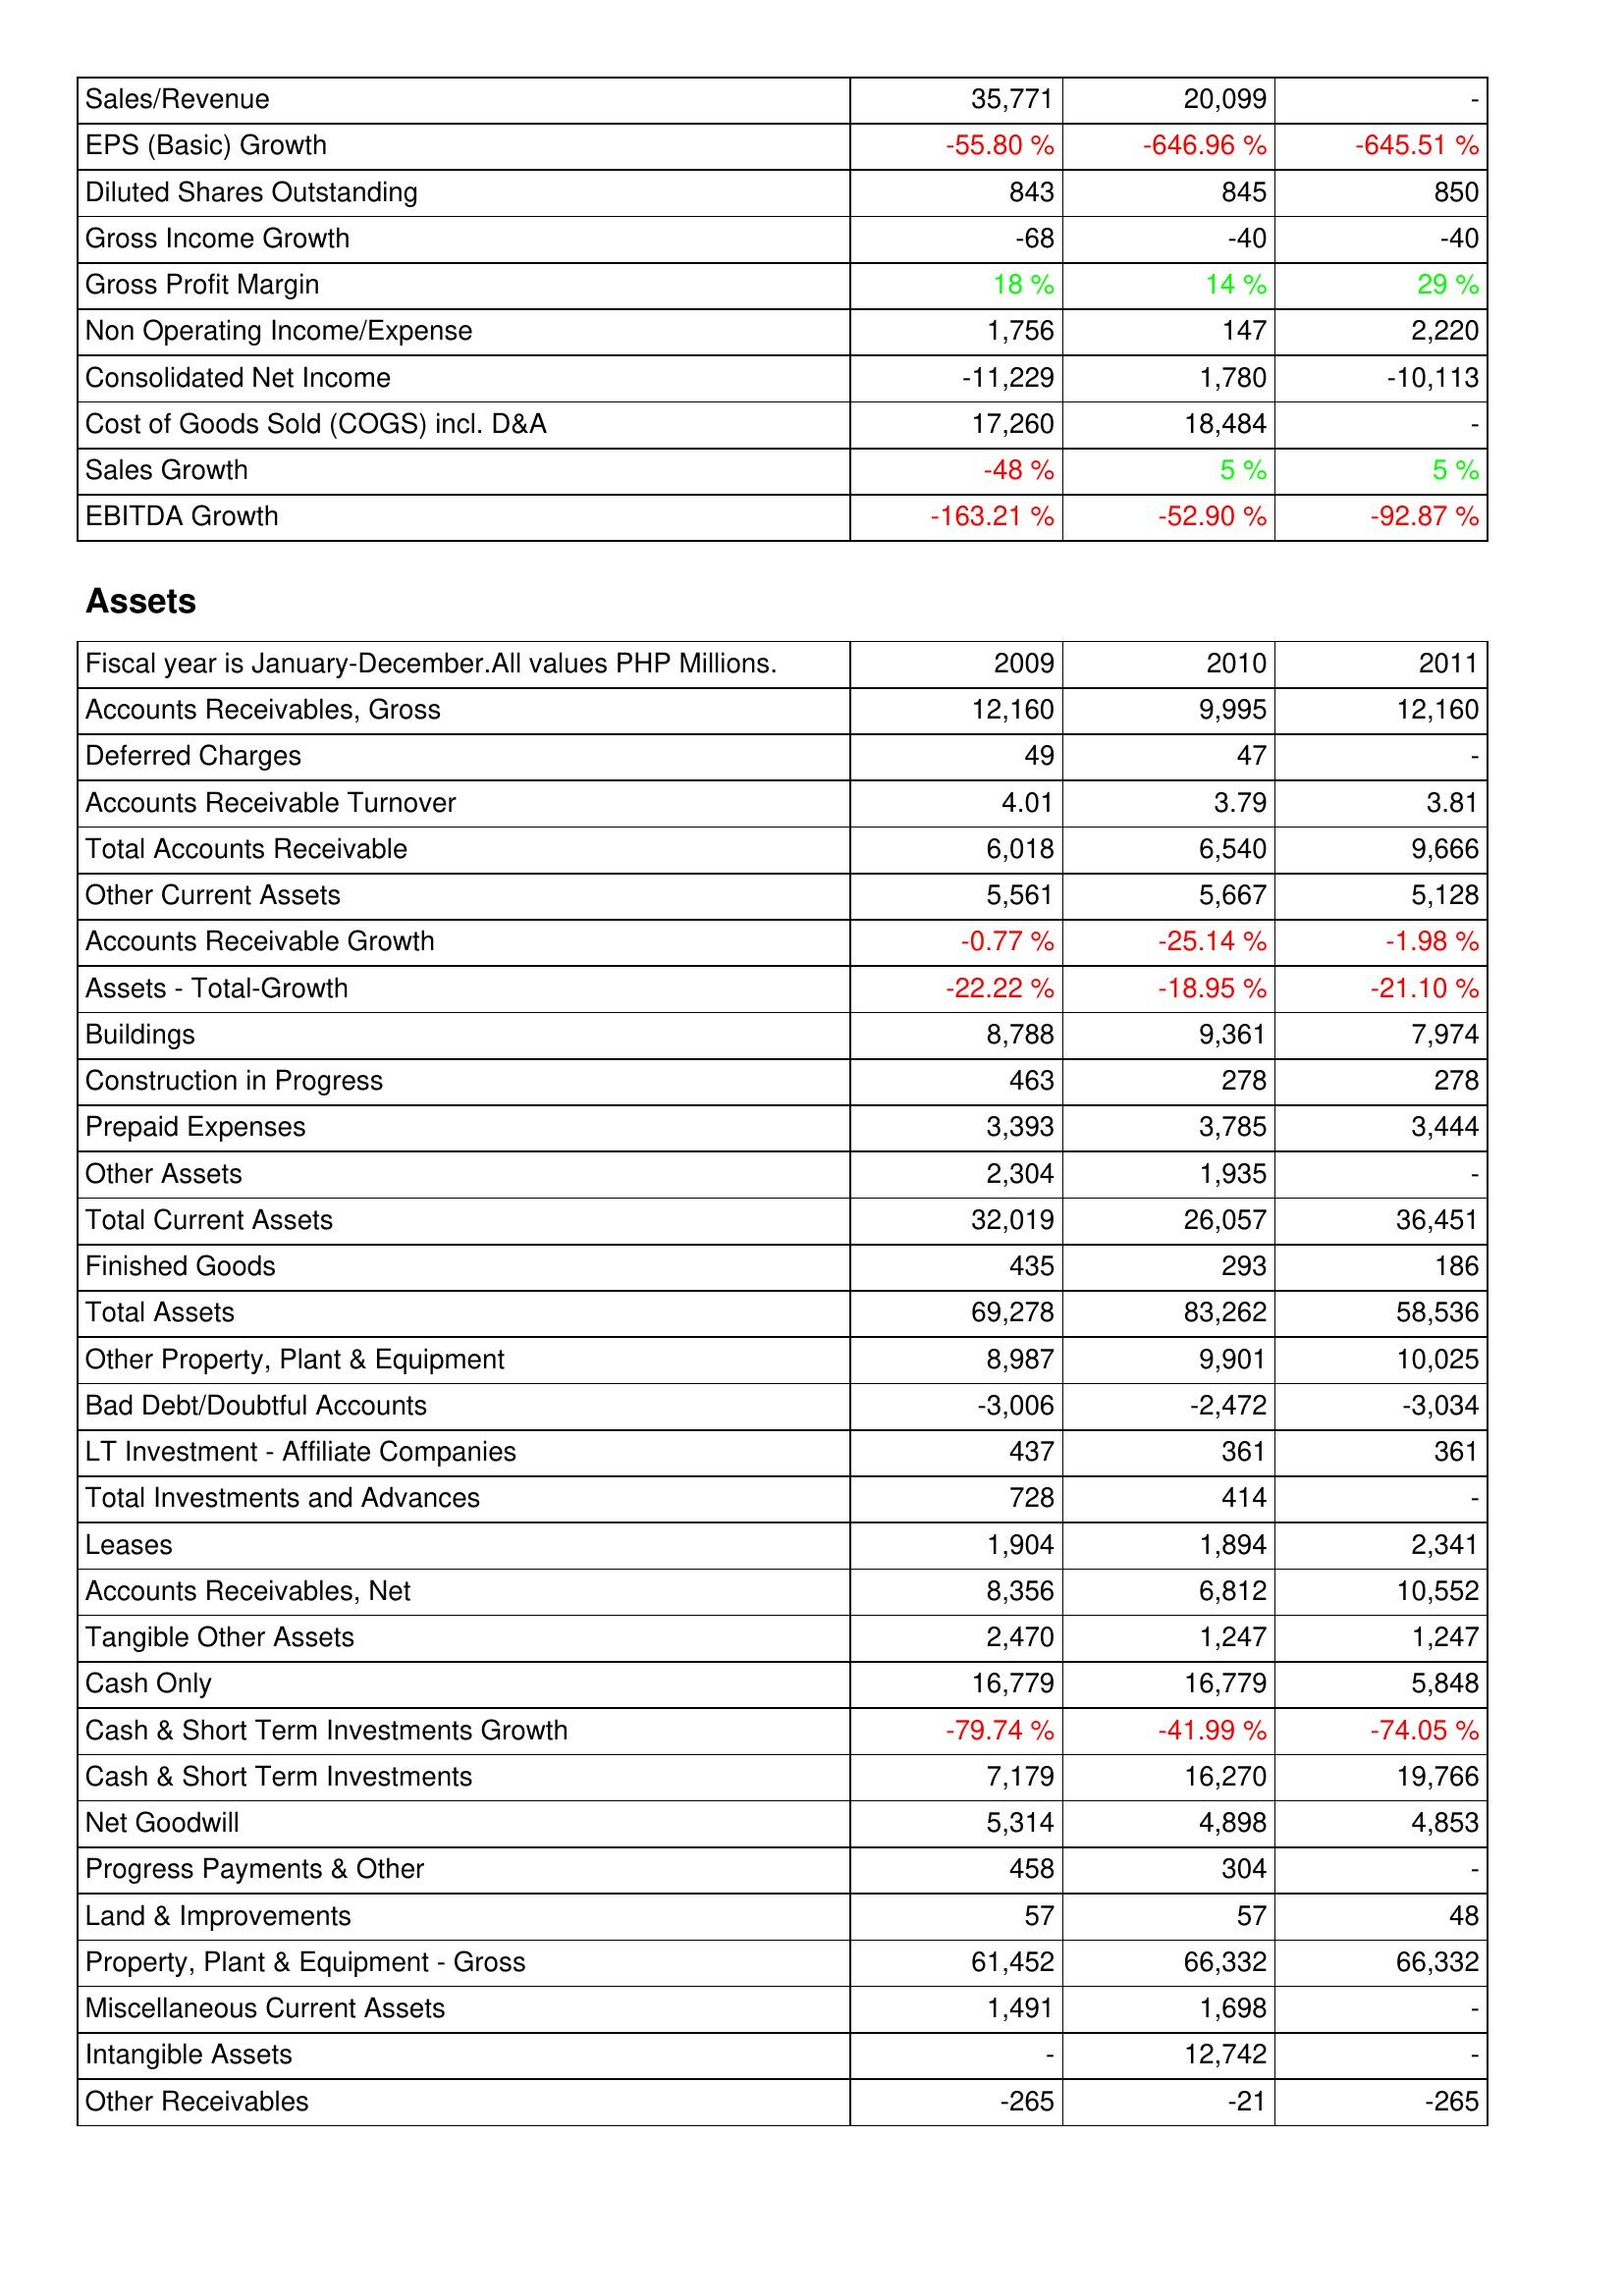
2009: Income Statement: Sales/Revenue: 35,771
EPS (Basic) Growth: -55.80 %
Diluted Shares Outstanding: 843
Gross Income Growth: -68
Gross Profit Margin: 18 %
Non Operating Income/Expense: 1,756
Consolidated Net Income: -11,229
Cost of Goods Sold (COGS) incl. D&A: 17,260
Sales Growth: -48 %
EBITDA Growth: -163.21 %
Assets: Accounts Receivables, Gross: 12,160
Deferred Charges: 49
Accounts Receivable Turnover: 4.01
Total Accounts Receivable: 6,018
Other Current Assets: 5,561
Accounts Receivable Growth: -0.77 %
Assets - Total-Growth: -22.22 %
Buildings: 8,788
Construction in Progress: 463
Prepaid Expenses: 3,393
Other Assets: 2,304
Total Current Assets: 32,019
Finished Goods: 435
Total Assets: 69,278
Other Property, Plant & Equipment: 8,987
Bad Debt/Doubtful Accounts: -3,006
LT Investment - Affiliate Companies: 437
Total Investments and Advances: 728
Leases: 1,904
Accounts Receivables, Net: 8,356
Tangible Other Assets: 2,470
Cash Only: 16,779
Cash & Short Term Investments Growth: -79.74 %
Cash & Short Term Investments: 7,179
Net Goodwill: 5,314
Progress Payments & Other: 458
Land & Improvements: 57
Property, Plant & Equipment - Gross: 61,452
Miscellaneous Current Assets: 1,491
Intangible Assets: -
Other Receivables: -265
2010: Income Statement: Sales/Revenue: 20,099
EPS (Basic) Growth: -646.96 %
Diluted Shares Outstanding: 845
Gross Income Growth: -40
Gross Profit Margin: 14 %
Non Operating Income/Expense: 147
Consolidated Net Income: 1,780
Cost of Goods Sold (COGS) incl. D&A: 18,484
Sales Growth: 5 %
EBITDA Growth: -52.90 %
Assets: Accounts Receivables, Gross: 9,995
Deferred Charges: 47
Accounts Receivable Turnover: 3.79
Total Accounts Receivable: 6,540
Other Current Assets: 5,667
Accounts Receivable Growth: -25.14 %
Assets - Total-Growth: -18.95 %
Buildings: 9,361
Construction in Progress: 278
Prepaid Expenses: 3,785
Other Assets: 1,935
Total Current Assets: 26,057
Finished Goods: 293
Total Assets: 83,262
Other Property, Plant & Equipment: 9,901
Bad Debt/Doubtful Accounts: -2,472
LT Investment - Affiliate Companies: 361
Total Investments and Advances: 414
Leases: 1,894
Accounts Receivables, Net: 6,812
Tangible Other Assets: 1,247
Cash Only: 16,779
Cash & Short Term Investments Growth: -41.99 %
Cash & Short Term Investments: 16,270
Net Goodwill: 4,898
Progress Payments & Other: 304
Land & Improvements: 57
Property, Plant & Equipment - Gross: 66,332
Miscellaneous Current Assets: 1,698
Intangible Assets: 12,742
Other Receivables: -21
2011: Income Statement: Sales/Revenue: -
EPS (Basic) Growth: -645.51 %
Diluted Shares Outstanding: 850
Gross Income Growth: -40
Gross Profit Margin: 29 %
Non Operating Income/Expense: 2,220
Consolidated Net Income: -10,113
Cost of Goods Sold (COGS) incl. D&A: -
Sales Growth: 5 %
EBITDA Growth: -92.87 %
Assets: Accounts Receivables, Gross: 12,160
Deferred Charges: -
Accounts Receivable Turnover: 3.81
Total Accounts Receivable: 9,666
Other Current Assets: 5,128
Accounts Receivable Growth: -1.98 %
Assets - Total-Growth: -21.10 %
Buildings: 7,974
Construction in Progress: 278
Prepaid Expenses: 3,444
Other Assets: -
Total Current Assets: 36,451
Finished Goods: 186
Total Assets: 58,536
Other Property, Plant & Equipment: 10,025
Bad Debt/Doubtful Accounts: -3,034
LT Investment - Affiliate Companies: 361
Total Investments and Advances: -
Leases: 2,341
Accounts Receivables, Net: 10,552
Tangible Other Assets: 1,247
Cash Only: 5,848
Cash & Short Term Investments Growth: -74.05 %
Cash & Short Term Investments: 19,766
Net Goodwill: 4,853
Progress Payments & Other: -
Land & Improvements: 48
Property, Plant & Equipment - Gross: 66,332
Miscellaneous Current Assets: -
Intangible Assets: -
Other Receivables: -265